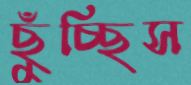
ছুঁচ্ছিস